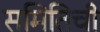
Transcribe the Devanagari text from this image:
समितिची